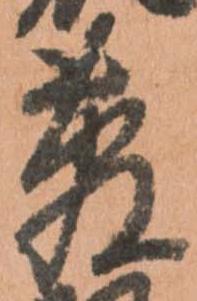
菅